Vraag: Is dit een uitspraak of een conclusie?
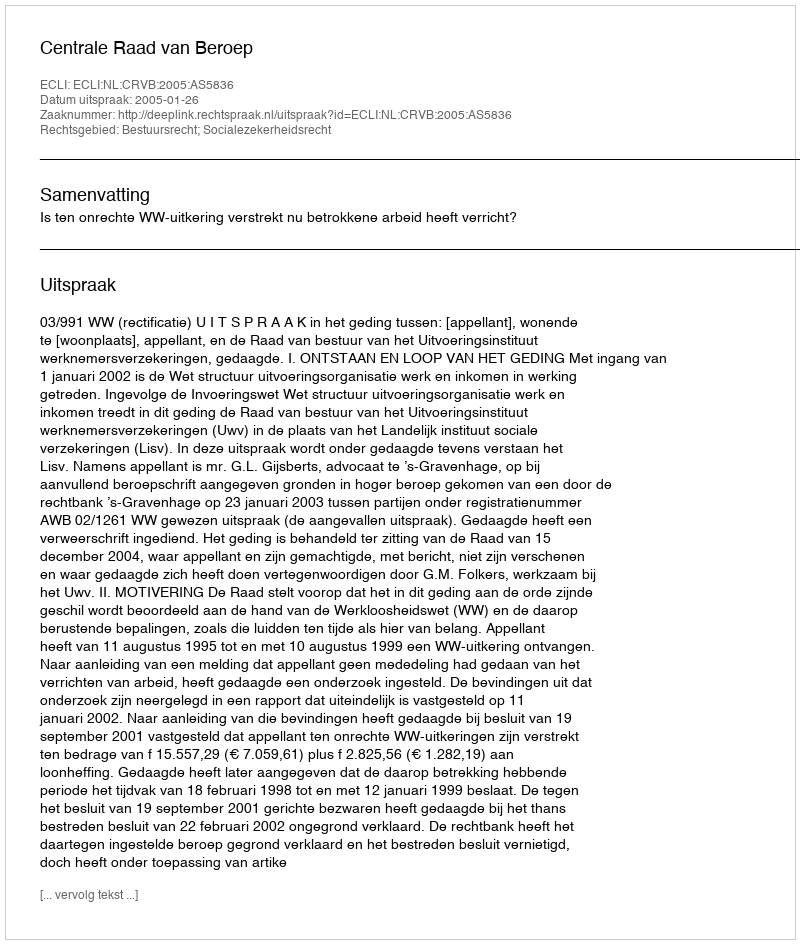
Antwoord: Uitspraak